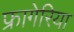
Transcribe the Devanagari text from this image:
फ्रागेरिया